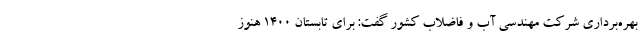
بهره‌برداری شرکت مهندسی آب و فاضلاب کشور گفت: برای تابستان ۱۴۰۰ هنوز